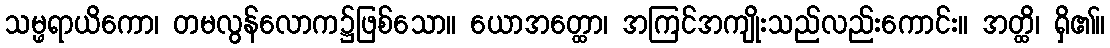
သမ္ဖရာယိကော၊ တမလွန်လောက၌ဖြစ်သော။ ယောအတ္ထော၊ အကြင်အကျိုးသည်လည်းကောင်း။ အတ္ထိ၊ ရှိ၏။